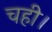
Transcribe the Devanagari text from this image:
चही।